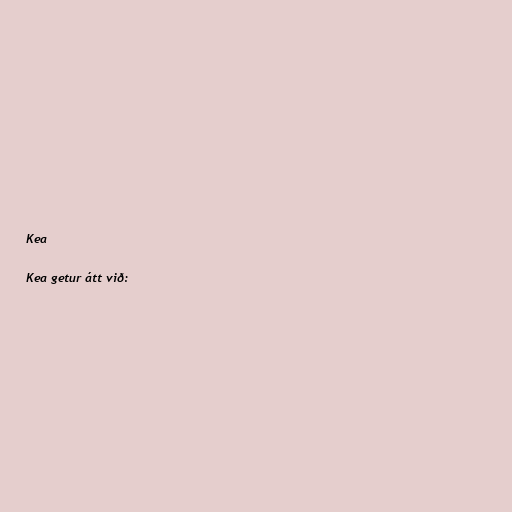
Kea

Kea getur átt við: